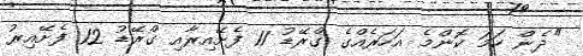
"ދެން ހަމަ ކޮންމެ އަހަރެއްގެ ގްރޭޑު 11 ފެށޭއިރާއި ގްރޭޑު 12 ފެށޭއިރު